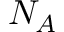
N _ { A }